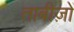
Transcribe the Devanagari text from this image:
ताबीज़ों